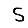
Digit: 5